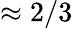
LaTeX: \approx 2/3